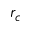
r _ { c }